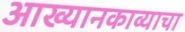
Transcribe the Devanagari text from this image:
आख्यानकाव्याचा